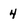
Character: 4